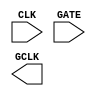
/**
 * Copyright 2020 The SkyWater PDK Authors
 *
 * Licensed under the Apache License, Version 2.0 (the "License");
 * you may not use this file except in compliance with the License.
 * You may obtain a copy of the License at
 *
 *     https://www.apache.org/licenses/LICENSE-2.0
 *
 * Unless required by applicable law or agreed to in writing, software
 * distributed under the License is distributed on an "AS IS" BASIS,
 * WITHOUT WARRANTIES OR CONDITIONS OF ANY KIND, either express or implied.
 * See the License for the specific language governing permissions and
 * limitations under the License.
 *
 * SPDX-License-Identifier: Apache-2.0
 */

`ifndef SKY130_FD_SC_HVL__DLCLKP_SYMBOL_V
`define SKY130_FD_SC_HVL__DLCLKP_SYMBOL_V

/**
 * dlclkp: Clock gate.
 *
 * Verilog stub (without power pins) for graphical symbol definition
 * generation.
 *
 * WARNING: This file is autogenerated, do not modify directly!
 */

`timescale 1ns / 1ps
`default_nettype none

(* blackbox *)
module sky130_fd_sc_hvl__dlclkp (
    //# {{clocks|Clocking}}
    input  CLK ,
    input  GATE,
    output GCLK
);

    // Voltage supply signals
    supply1 VPWR;
    supply0 VGND;
    supply1 VPB ;
    supply0 VNB ;

endmodule

`default_nettype wire
`endif  // SKY130_FD_SC_HVL__DLCLKP_SYMBOL_V